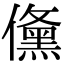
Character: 𭀉